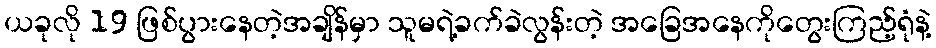
ယခုလို 19 ဖြစ်ပွားနေတဲ့အချိန်မှာ သူမရဲ့ခက်ခဲလွန်းတဲ့ အခြေအနေကိုတွေးကြည့်ရုံနဲ့